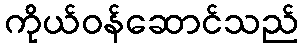
ကိုယ်ဝန်ဆောင်သည်